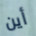
أين